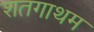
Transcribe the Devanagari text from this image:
शतगाथम